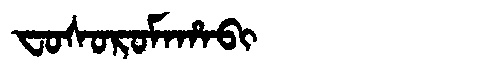
Manchu: ᠸᠣᠰᠣᡵᠣᠮᠠᡥᠠᠪᡳ
Romanization: FOSOROMAHABI